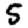
Digit: 5